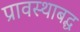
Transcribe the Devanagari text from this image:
प्रावस्थाबद्ध